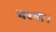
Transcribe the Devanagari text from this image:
चश्मा।